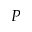
P